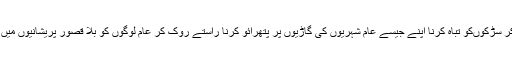
ایک دوسرے پر جوتوں اور خالی بوتلوں کی بارش کر دی، ٹائر جلاکر سڑکوںکو تباہ کرنا اپنے جیسے عام شہریوں کی گاڑیوں پر پتھرائو کرنا راستے روک کر عام لوگوں کو بلا قصور پریشانیوں میں مبتلا کرنا ایسے اقدامات کو احتجاج کا لازمی جزو سمجھ لیا گیا ہے۔